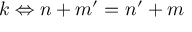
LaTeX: k \Leftrightarrow n + m ^ { \prime } = n ^ { \prime } + m